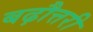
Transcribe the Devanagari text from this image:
बढ़ौत्तरी